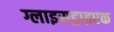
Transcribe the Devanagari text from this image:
ग्लाइसड्राइएक